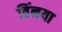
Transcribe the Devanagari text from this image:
विंनया